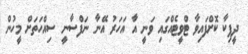
ދީޕިކާ ކޮށްފައިވާ ޓްވީޓެއްގައި ވަނީ އާ އަހަރު އޭނާ ނަފްސާނީ ސިއްހަތަށް މީހުން